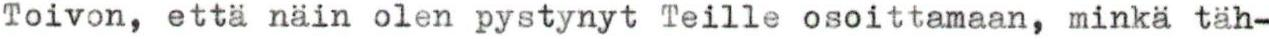
Toivon, että näin olen pystynyt Teille osoittamaan, minkä täh-